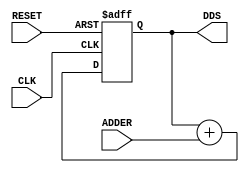
module DDS( 
    input wire CLK,
    input wire RESET,
    input wire [31:0] ADDER,
    output reg [31:0]  DDS 
);

  always@(posedge CLK or posedge RESET) begin
    if(RESET)
      DDS <= 0;
    else
      DDS <= DDS + ADDER;
  end

endmodule